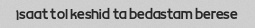
۱saat tol keshid ta bedastam berese